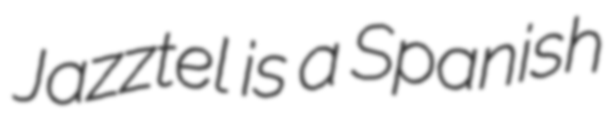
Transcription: Jazztel is a Spanish